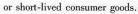
or short-lived consumer goods.